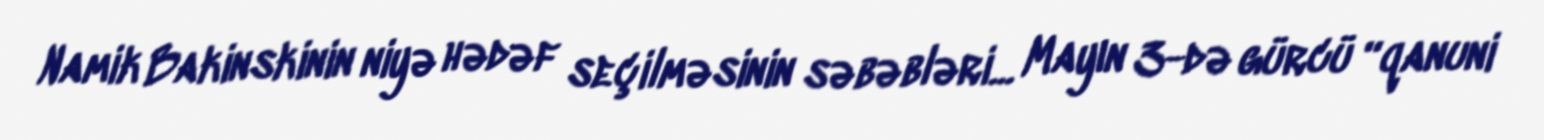
Namik Bakinskinin niyə hədəf seçilməsinin səbəbləri... Mayın 3-də gürcü “qanuni